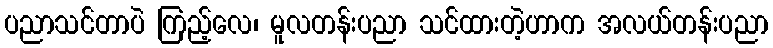
ပညာသင်တာပဲ ကြည့်လေ၊ မူလတန်းပညာ သင်ထားတဲ့ဟာက အလယ်တန်းပညာ